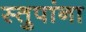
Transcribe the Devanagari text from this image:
स्तुपांना